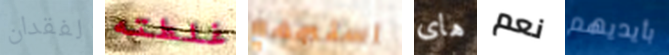
لفقدان غلطته استجمع هاى نعم بأيديهم